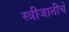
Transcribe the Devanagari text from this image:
स्त्रीजातीचे